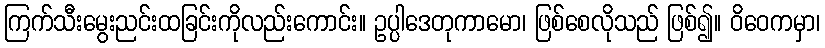
ကြက်သီးမွေးညင်းထခြင်းကိုလည်းကောင်း။ ဥပ္ပါဒေတုကာမော၊ ဖြစ်စေလိုသည် ဖြစ်၍။ ဝိဝေကမှာ၊